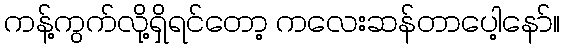
ကန့်ကွက်လို့ရှိရင်တော့ ကလေးဆန်တာပေါ့နော်။